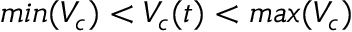
m i n ( V _ { c } ) < V _ { c } ( t ) < m a x ( V _ { c } )